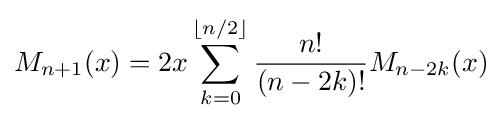
M_{n+1}(x)=2x\sum _{k=0}^{\lfloor n/2\rfloor }{\frac {n!}{(n-2k)!}}M_{n-2k}(x)